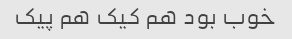
خوب بود هم کیک هم پیک